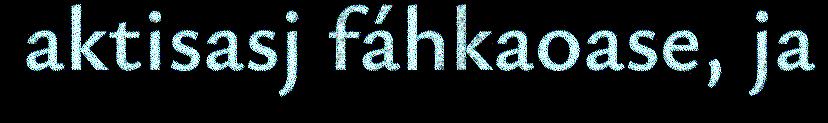
aktisasj fáhkaoase, ja